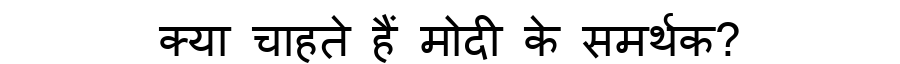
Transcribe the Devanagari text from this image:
क्या चाहते हैं मोदी के समर्थक?